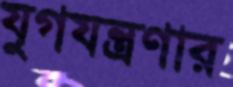
যুগযন্ত্রণার